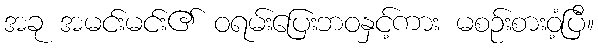
အခု အမင်းမင်း၏ ဝရမ်းပြေးဘဝနှင့်ကား မစဉ်းစားဝံ့ပြီ။